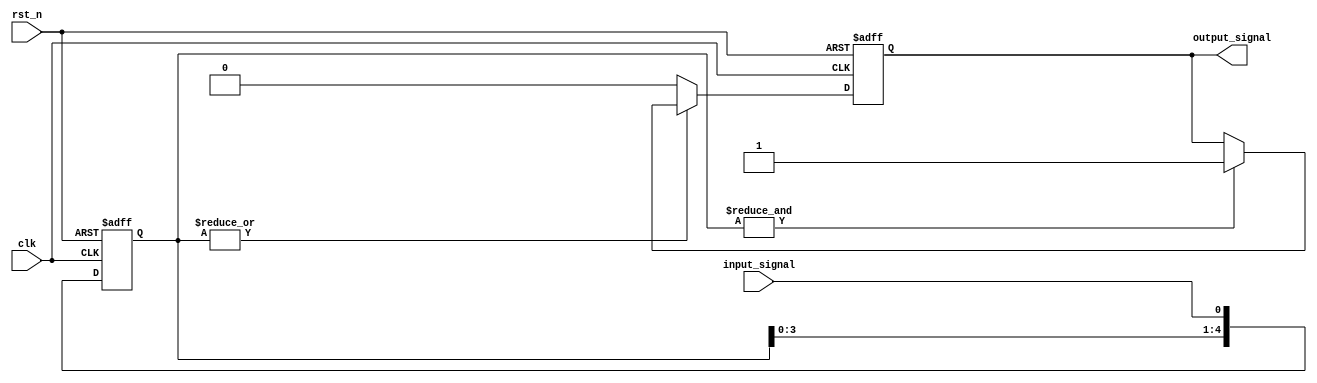
`timescale 1ns/1ns

module filter
#(
    parameter FILTER_LEN = 8'h05,
    parameter INIT_VAL = 1'b0
)
(
    input wire clk,
    input wire rst_n,
    input wire input_signal,
    output wire output_signal
);

parameter U_DLY = 1;

generate
    if(FILTER_LEN == -1) begin 
        assign output_signal = (input_signal == 1'b0) ? 1'b0 : 1'b1;
    end
    else if(FILTER_LEN == 0) begin
        reg output_signal_reg;
        
        assign output_signal = output_signal_reg;

        always @(posedge clk or negedge rst_n) 
        begin
            if(rst_n == 1'b0) begin
                output_signal_reg <= #U_DLY INIT_VAL;
            end
            else begin 
                output_signal_reg <= #U_DLY input_signal;
            end
        end
    end
    else begin 
        reg [FILTER_LEN:0] filter_pipe;
        reg output_signal_reg;

        assign output_signal = output_signal_reg;

        always @(posedge clk or negedge rst_n) 
        begin
            if(rst_n == 1'b0) begin
                output_signal_reg <= #U_DLY INIT_VAL;
                filter_pipe[FILTER_LEN:0] <= #U_DLY {FILTER_LEN{1'b0}};
            end
            else begin 
                filter_pipe[FILTER_LEN:0] <= #U_DLY {filter_pipe[FILTER_LEN-1:0],input_signal};
                if(&filter_pipe[FILTER_LEN-1:0] == 1'b1) begin
                    output_signal_reg <= #U_DLY 1'b1;
                end
                if(|filter_pipe[FILTER_LEN-1:0] == 1'b0)begin
                    output_signal_reg <= #U_DLY 1'b0;
                end
            end
        end
    end
endgenerate


endmodule